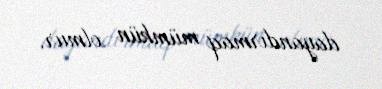
dayandırmaq mümkün olmur.